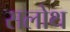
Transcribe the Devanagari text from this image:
सलोथ